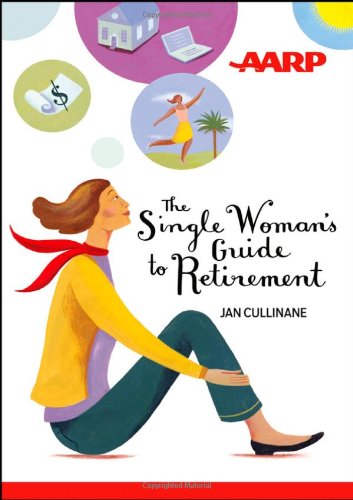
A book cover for The Single Woman's Guide to Retirement; Jan Cullinane; Business & Money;